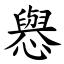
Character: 㦛